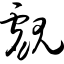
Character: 觑